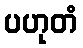
ပဟုတံ